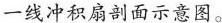
一线冲积扇剖面示意图。